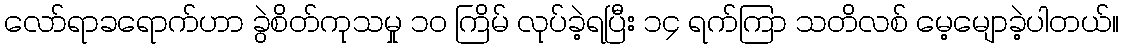
လော်ရာခရောက်ဟာ ခွဲစိတ်ကုသမှု ၁၀ ကြိမ် လုပ်ခဲ့ရပြီး ၁၄ ရက်ကြာ သတိလစ် မေ့မျောခဲ့ပါတယ်။